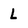
Character: l